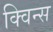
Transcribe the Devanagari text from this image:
क्विन्‍स